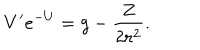
V ^ { \prime } e ^ { - U } = g - \frac { Z } { 2 r ^ { 2 } } .